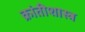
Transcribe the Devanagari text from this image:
क्रांतीशास्त्र